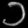
Digit: ၁